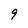
Character: 9